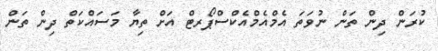
ކުރަން ދިން ތަން ނުވަތަ އެމްއެމްއެކްސްޕޯރޓް އަށް ތިޔާ މަސައްކަތް ދިން ތަން